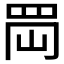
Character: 𦊤